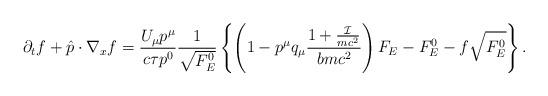
LaTeX: \begin{align*} \partial_t f+\hat{p}\cdot\nabla_x f&=\frac{U_\mu p^\mu}{c\tau p^0}\frac{1}{\sqrt{F_E^0}}\left\{\left(1-p^\mu q_\mu\frac{1+\frac{\mathcal{I}}{mc^2}}{bmc^2}\right)F_E-F_E^0-f\sqrt{F_E^0}\right\}. \end{align*}